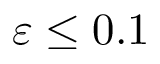
\varepsilon \le 0 . 1